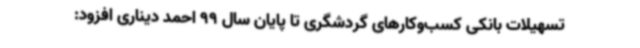
تسهیلات بانکی کسب‌وکارهای گردشگری تا پایان سال 99 احمد دیناری افزود: